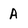
Character: A